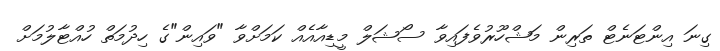
ގިނަ އިންޓަނެޓް ތަރިން މަޝްހޫރުވެފައިވާ ސޯޝަލް މީޑިއާއެއް ކަމަށްވާ "ވައިން"ގެ ހިދުމަތް ހުއްޓާލުމަށް